Indian journal of veterinary science and animal husbandry - Volumes 15-17, 1948-1951
Year: 1948
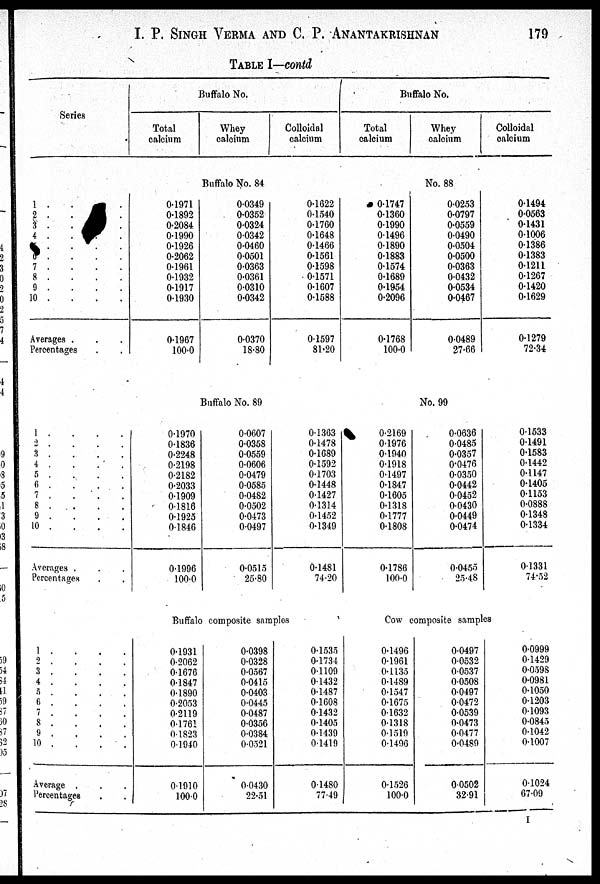
I. P. SINGH VERMA AND C. P. ANANTAKRISHNAN 179
TABLE I—contd
Series
1 . . . .
2 . . . .
3 . . . .
4 . . . .
5 . . . .
6 . . . .
7 . . . .
8 . . . .
9 . . . .
10 . . . .
Averages . . .
Percentages . .
1 . . . .
2 . . . .
3 . . . .
4
.
.
.
.
5 . . . .
6
.
.
.
.
7 . . . .
8 . . . .
9 . . . .
10 . . . .
Averages . . .
Percentages . .
1 . . . .
2 . . . .
3 . . . .
4 . . . .
5 . . . .
6 . . . .
7 . . . .
8 . . . .
9 . . . .
10
.
.
.
.
Average . . .
Percentages . .
Buffalo No.
Total
calcium
Whey
calcium
Colloidal
calcium
Buffalo No. 84
0.1971
0.1892
0.2084
0.1990
0.1926
0.2062
0.1961
0.1932
0.1917
0.1930
0.1967
100.0
0.0349
0.0352
0.0324
0.0342
0.0460
0.0501
0.0363
0.0361
0.0310
0.0342
0.0370
18.80
0.1622
0.1540
0.1760
0.1648
0.1466
0.1561
0.1598
0.1571
0.1607
0.1588
0.1597
81.20
Buffalo No. 89
0.1970
0.1836
0.2248
0.2198
0.2182
0.2033
0.1909
0.1816
0.1925
0.1846
0.1996
100.0
0.0607
0.0358
0.0559
0.0606
0.0479
0.0585
0.0482
0.0502
0.0473
0.0497
0.0515
25.80
0.1363
0.1478
0.1689
0.1592
0.1703
0.1448
0.1427
0.1314
0.1452
0.1349
0.1481
74.20
Buffalo composite samples
0.1931
0.2062
0.1676
0.1847
0.1890
0.2053
0.2119
0.1761
0.1823
0.1940
0.1910
100.0
0.0398
0.0.328
0.0567
0.0415
0.0403
0.0445
0.0487
0.0356
0.0384
0.0521
0.0430
22.51
0.1535
0.1734
0.1109
0.1432
0.1487
0.1608
0.1432
0.1405
0.1439
0.1419
0.1480
77.49
Buffalo No.
Total
calcium
Whey
calcium
Colloidal
calcium
No. 88
0.1747
0.1360
0.1990
0.1496
0.1890
0.1883
0.1574
0.1689
0.1954
0.2096
0.1768
100.0
0.0253
0.0797
0.0559
0.0490
0.0504
0.0500
0.0363
0.0432
0.0534
0.0467
0.0489
27.66
0.1494
0.0563
0.1431
0.1006
0.1386
0.1383
0.1211
0.1267
0.1420
0.1629
0.1279
72.34
No. 99
0.2169
0.1976
0.1940
0.1918
0.1497
0.1847
0.1605
0.1318
0.1777
0.1808
0.1786
100.0
0.0636
0.0485
0.0357
0.0476
0.0350
0.0442
0.0452
0.0430
0.0449
0.0474
0.0455
25.48
0.1533
0.1491
0.1583
0.1442
0.1147
0.1405
0.1153
0.0888
0.1348
0.1334
0.1331
74.52
Cow composite samples
0.1496
0.1961
0.1135
0.1489
0.1547
0.1675
0.1632
0.1318
0.1519
01496
0.1526
100.0
0.0497
0.0532
0.0537
0.0508
0.0497
0.0472
0.0539
0.0473
0.0477
0.0489
0.0502
32.91
0.0999
0.1429
0.0598
0.0981
0.1050
0.1203
0.1093
0.0845
0.1042
0.1007
0.1024
67.09